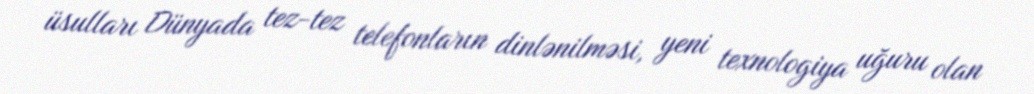
üsulları Dünyada tez-tez telefonların dinlənilməsi, yeni texnologiya uğuru olan